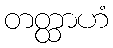
တတ္ထာဟံ